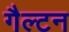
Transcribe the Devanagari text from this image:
गैल्टन